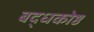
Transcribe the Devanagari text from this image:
बद्धकोष्ठ